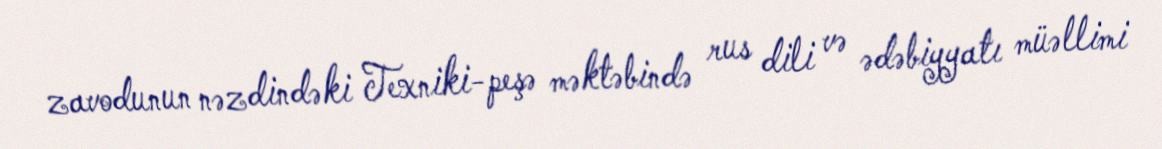
zavodunun nəzdindəki Texniki-peşə məktəbində rus dili və ədəbiyyatı müəllimi